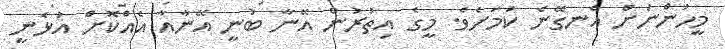
މީހުންނަށް އެނގޭނެ ކަމަށެވެ. މީގެ އިތުރުން އޭނާ ބުނީ އޭނާއާ އެއްކޮށް އުޅެނީ